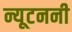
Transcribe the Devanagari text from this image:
न्यूटननी